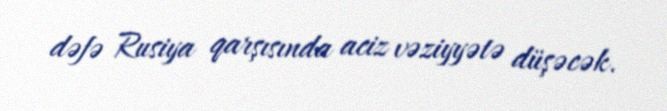
dəfə Rusiya qarşısında aciz vəziyyətə düşəcək.